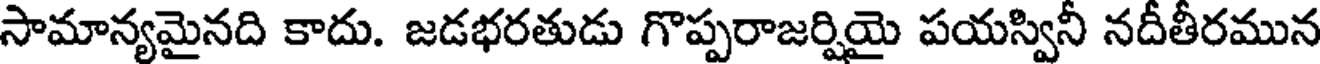
సామాన్యమైనది కాదు. జడభరతుడు గొప్పరాజర్షియై పయస్వినీ నదీతీరమున